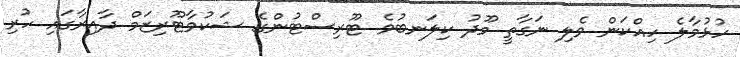
ހުޅުމާލެ ހިއްކަން ވެލި ނަގާތީ މޫދު ކިލަނބުވެ ޓޫރިސްޓުންގެ ޝަކުވާޓޫރިޒަމް ދާއިރާގައި ހުރި